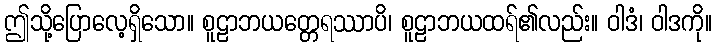
ဤသို့ပြောလေ့ရှိသော။ စူဠာဘယတ္တေရဿာပိ၊ စူဠာဘယထရ်၏လည်း။ ဝါဒံ၊ ဝါဒကို။